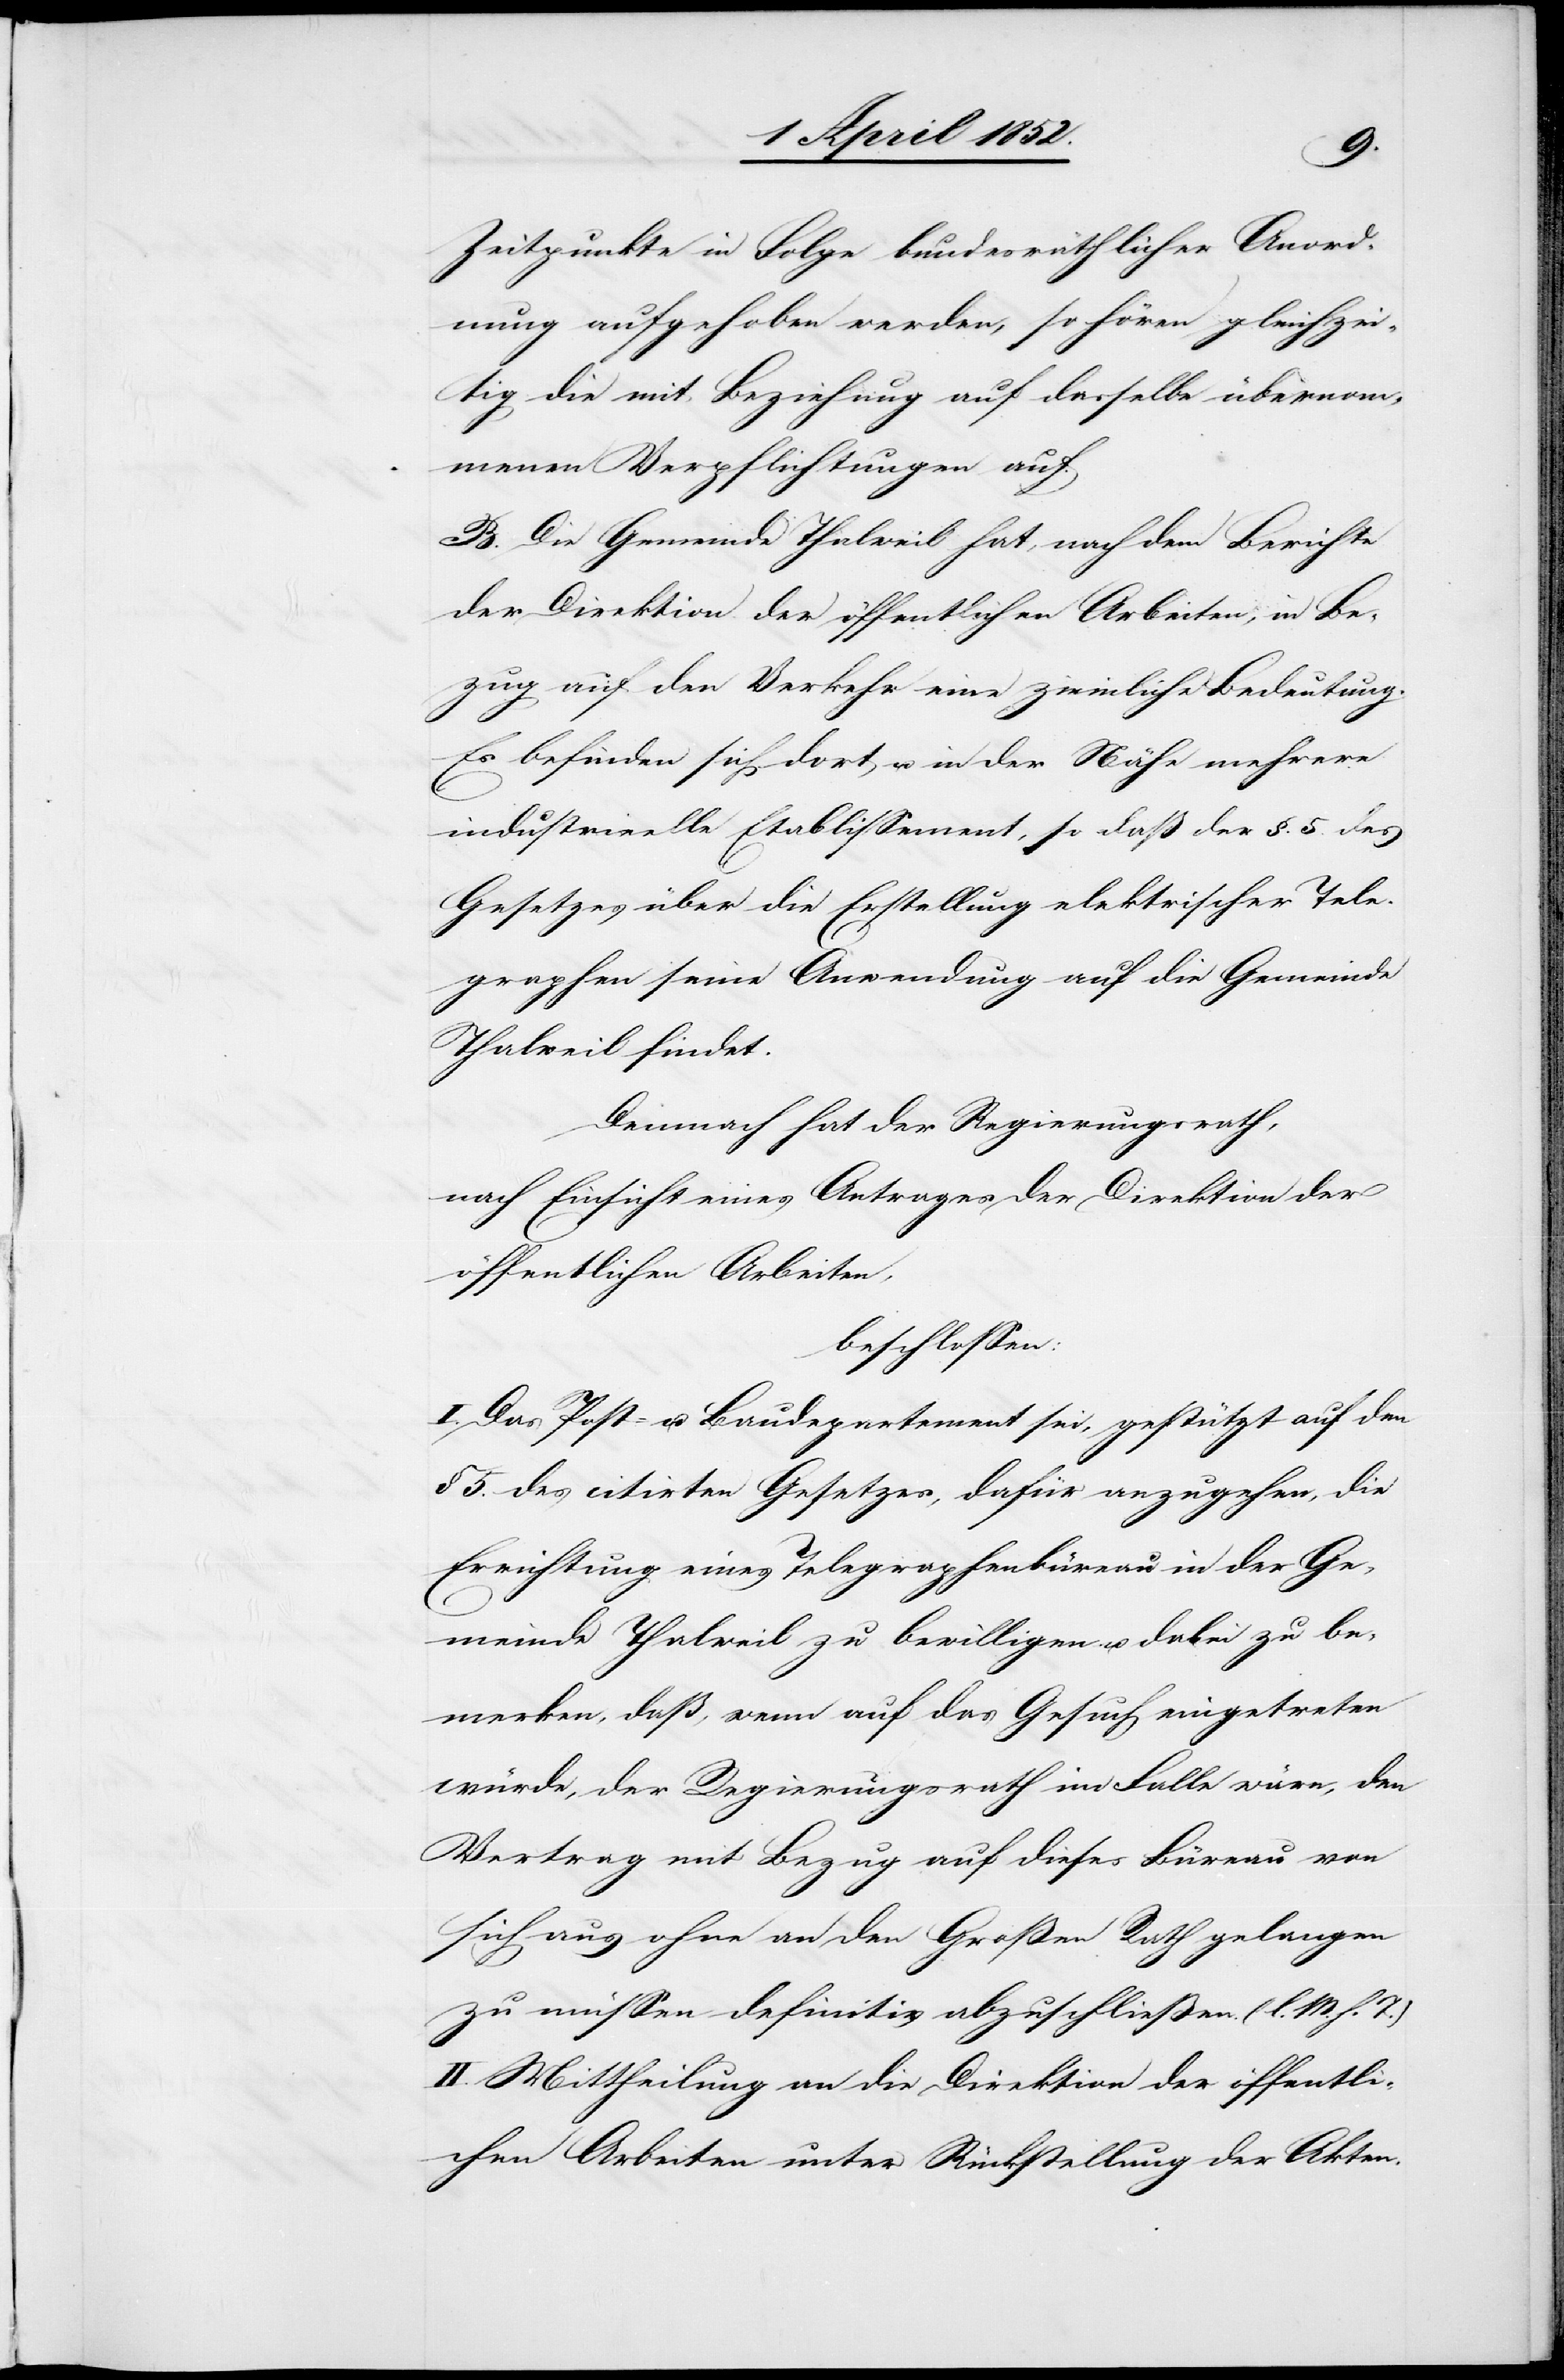
Zeitpunkte in Folge bundesräthlicher Anord¬
nung aufgehoben werden, so hören gleichzei¬
tig die mit Beziehung auf dasselbe übernom¬
menen Verpflichtungen auf.
B. Die Gemeinde Thalweil hat, nach dem Berichte
der Direktion der öffentlichen Arbeiten, in Be¬
zug auf den Verkehr eine ziemliche Bedeutung.
Es befinden sich dort u. in der Nähe mehrere
industrieelle Etablissement[s], so daß der §. 5. des
Gesetzes über die Erstellung elektrischer Tele¬
graphen seine Anwendung auf die Gemeinde
Thalweil findet.
Demnach hat der Regierungsrath,
nach Einsicht eines Antrages der Direktion der
öffentlichen Arbeiten,
beschlossen:
I. Das Post- u. Baudepartement sei, gestützt auf den
§ 5. des citirten Gesetzes, dafür anzugehen, die
Errichtung eines Telegraphenbüreau in der Ge¬
meinde Thalweil zu bewilligen u. dabei zu be¬
merken, daß, wenn auf das Gesuch eingetreten
würde, der Regierungsrath im Falle wäre, den
Vertrag mit Bezug auf dieses Büreau von
sich aus ohne an den Großen Rath gelangen
zu müssen definitiv abzuschließen. (l. M. h. T.)
II. Mittheilung an die Direktion der öffentli¬
chen Arbeiten unter Rückstellung der Akten.